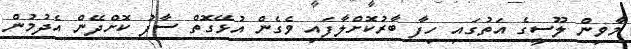
މާވިން ލޫސީގެ އަތުގައި ހިފާ ބާރުކޮށްލާފައި ވެގެން އުޅޭގޮތް ސާފު ކޮށްދޭން އެދުމުން